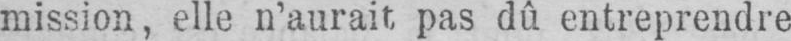
mission, elle n’aurait pas dû entreprendre